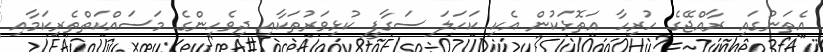
އެތަނުގައި ރާއްޖޭގެ ހުރިހާ އަތޮޅަކުން އެކި ކަހަލަ ސަގާފީ ކުޅިވަރުތަކާއި ދިވެހިންގެ މަސައްކަތްތެރިކަމާއި